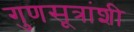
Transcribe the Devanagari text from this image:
गुणसूत्रांशी